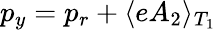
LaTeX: p_{y}=p_{r}+\langle eA_{2}\rangle_{T_{1}}